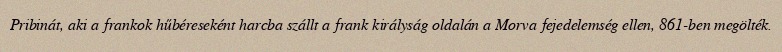
Pribinát, aki a frankok hűbéreseként harcba szállt a frank királyság oldalán a Morva fejedelemség ellen, 861-ben megölték.